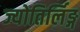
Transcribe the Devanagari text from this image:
ज्योतिर्लिङ्ग